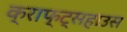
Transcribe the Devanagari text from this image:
क्राफ्ट्सहाउस